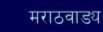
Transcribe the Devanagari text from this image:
मराठवाड्य